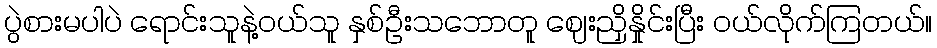
ပွဲစားမပါပဲ ရောင်းသူနဲ့ဝယ်သူ နှစ်ဦးသဘောတူ ဈေးညှိနှိုင်းပြီး ဝယ်လိုက်ကြတယ်။